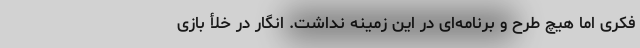
فکری اما هیچ طرح و برنامه‌ای در این زمینه نداشت. انگار در خلأ بازی